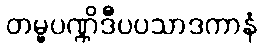
တမ္ဗပဏ္ဏိဒီပပသာဒကာနံ